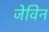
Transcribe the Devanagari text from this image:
जेविन